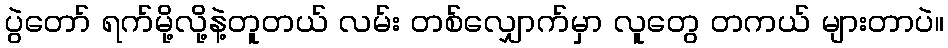
ပွဲတော် ရက်မို့လို့နဲ့တူတယ် လမ်း တစ်လျှောက်မှာ လူတွေ တကယ် များတာပဲ။